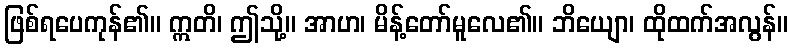
ဖြစ်ရပေကုန်၏။ ဣတိ၊ ဤသို့။ အာဟ၊ မိန့်တော်မူလေ၏။ ဘိယျော၊ ထိုထက်အလွန်။